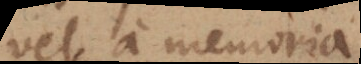
vel a memoria